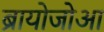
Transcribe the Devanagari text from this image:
ब्रायोजोआ